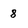
Character: 8